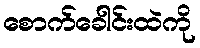
စောက်ခေါင်းထဲကို